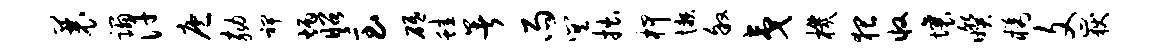
曩蹋汗庖劾裨炳昭急砥蛙暑雨巽拙柙懒叙夷机猥收壤暌橘文岳